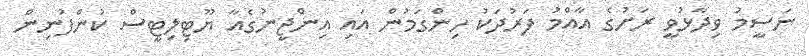
ނަސީމު ވިދާޅުވީ ރަށުގެ އާއްމު ފަރުދަކު ހިންގަމުން އައި އިންޖީނުގެއާ ޔޫޓިލިޓީސް ކުންފުނިން